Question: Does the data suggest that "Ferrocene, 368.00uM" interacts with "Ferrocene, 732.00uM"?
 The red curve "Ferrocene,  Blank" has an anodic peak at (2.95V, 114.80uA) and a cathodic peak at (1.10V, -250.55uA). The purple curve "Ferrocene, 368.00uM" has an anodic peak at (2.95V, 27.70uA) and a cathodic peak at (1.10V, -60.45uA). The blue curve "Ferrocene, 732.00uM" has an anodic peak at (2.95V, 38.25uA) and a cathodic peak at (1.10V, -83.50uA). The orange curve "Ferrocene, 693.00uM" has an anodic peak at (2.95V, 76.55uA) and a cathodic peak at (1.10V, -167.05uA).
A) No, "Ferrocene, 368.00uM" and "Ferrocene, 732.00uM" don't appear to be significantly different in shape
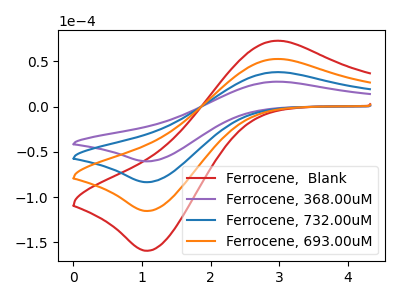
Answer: <think>All the peaks in "Ferrocene, 368.00uM" have a peak in "Ferrocene, 732.00uM" at the same potential. Every peak in "Ferrocene, 368.00uM" is lower than every peak in "Ferrocene, 732.00uM".
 </think>
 <answer>A) No, "Ferrocene, 368.00uM" and "Ferrocene, 732.00uM" don't appear to be significantly different in shape</answer>
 <eval>A</eval>